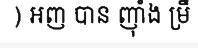
) អញ បាន ញ៉ាំង ម្រឹ